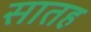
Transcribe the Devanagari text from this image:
सातह